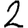
Digit: 2